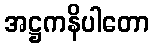
အဋ္ဌကနိပါတော